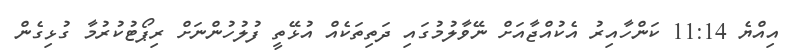
އިއްޔެ 11:14 ކަންހާއިރު އެކުއްޖާއަށް ނޭވާލުމުގައި ދަތިތަކެއް އުޅޭތީ ފުލުހުންނަށް ރިޕޯޓުކުރުމާ ގުޅިގެން